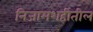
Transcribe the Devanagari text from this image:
निजामशहीतील